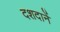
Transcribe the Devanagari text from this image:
दशदानें